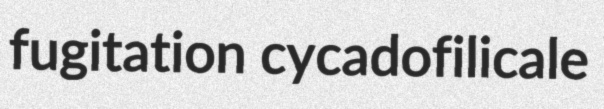
fugitation cycadofilicale